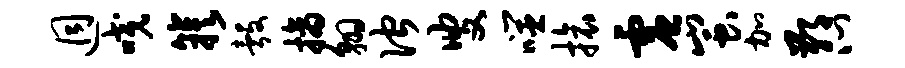
迥咬簇彀摘翱伫叟噬旅虚蚩加鄙心